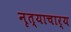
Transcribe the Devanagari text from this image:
नृत्याचार्य